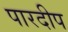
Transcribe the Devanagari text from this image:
पारदीप